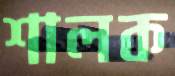
শালক